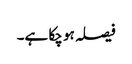
فیصلہ ہو چکا ہے۔